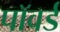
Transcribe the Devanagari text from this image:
पॉवर्ड